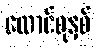
ထောင်စုနှစ်